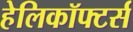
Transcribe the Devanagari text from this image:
हेलिकॉफ्टर्स